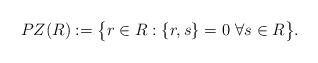
LaTeX: \begin{align*}PZ(R) := \big\{r \in R : \{r,s\} = 0 \ \forall s \in R\big\}.\end{align*}